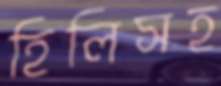
হিলিসহ